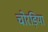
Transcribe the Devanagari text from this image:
चोरड़िया